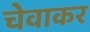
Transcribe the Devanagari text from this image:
चेवाकर